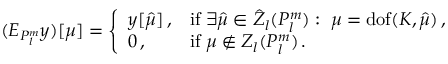
( \boldsymbol E _ { P _ { l } ^ { m } } \boldsymbol y ) [ \mu ] = \left\{ \begin{array} { l l } { y [ { \hat { \mu } } ] \, , } & { \mathrm { i f } \; \exists \hat { \mu } \in \hat { Z } _ { l } ( P _ { l } ^ { m } ) : \; \mu = \operatorname { d o f } ( K , \hat { \mu } ) \, , } \\ { 0 \, , } & { \mathrm { i f } \; \mu \not \in Z _ { l } ( P _ { l } ^ { m } ) \, . } \end{array} \right.